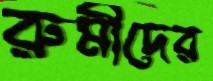
রুমীদের